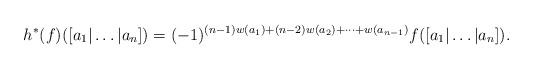
LaTeX: \begin{align*} h^*(f)([a_1 | \dots | a_n]) = (-1)^{(n-1)w(a_1) + (n-2)w(a_2) + \dots + w(a_{n-1})} f([a_1 | \dots | a_n]).\end{align*}